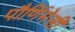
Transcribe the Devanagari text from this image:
पौर्णिमेसी